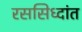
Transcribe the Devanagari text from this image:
रससिध्दांत